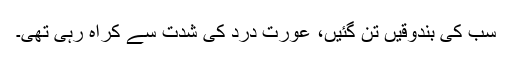
سب کی بندوقیں تن گئیں، عورت درد کی شدت سے کراہ رہی تھی۔